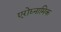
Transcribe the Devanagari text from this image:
एरोद्य्नामिक